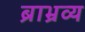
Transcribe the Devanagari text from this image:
ब्राभ्रव्य